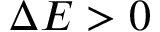
\Delta E > 0